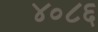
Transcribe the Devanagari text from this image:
४०८६